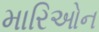
મારિઓન